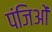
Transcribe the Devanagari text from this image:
पंजिओं